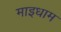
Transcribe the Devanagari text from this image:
माइधाम